Report on lock hospitals in British Burma
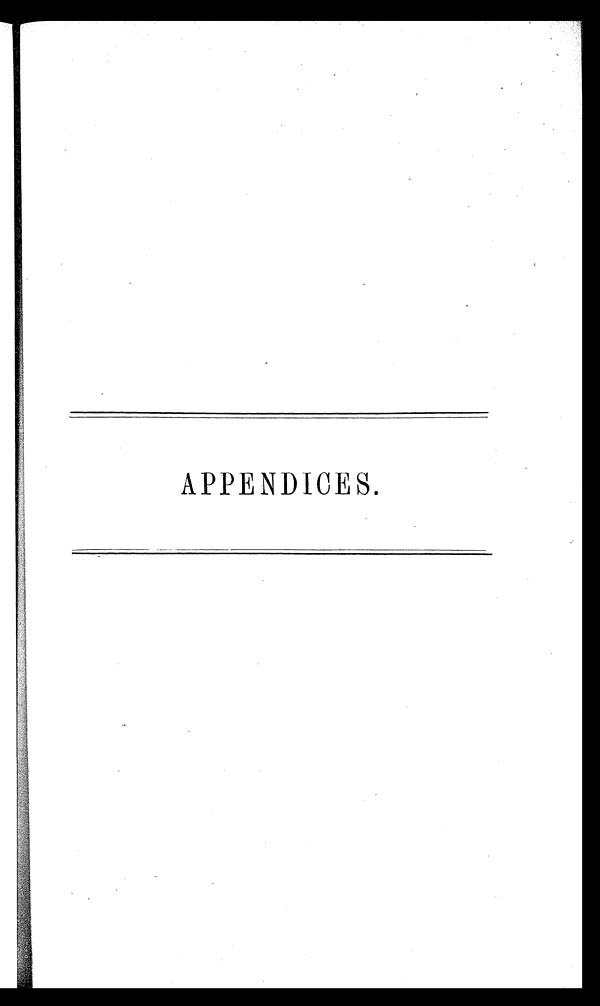
APPENDICES.